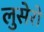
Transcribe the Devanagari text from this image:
लुसेरो